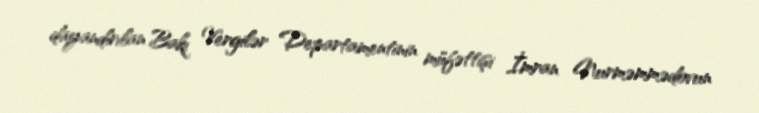
dayandırılan Bakı Vergilər Departamentinin müfəttişi İmran Nurməmmədovun